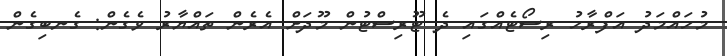
މުހައްމަދު އަފްރާހު ރިސޯޓެއްގައި ދެ ޓޫރިސްޓުން މޫދަށް އެރެން ތައްޔާރު ވެގެން: ގެނބިގެން